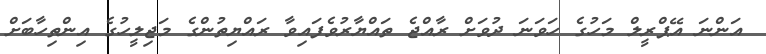
އަންނަ އޭޕްރީލް މަހުގެ ހަވަނަ ދުވަށް ރާއްޖެ ތައްޔާރުވެފައިވާ ރައްޔިތުންގެ މަޖިލީހުގެ އިންތިހާބަށް